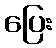
ပြေး